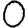
Digit: 0